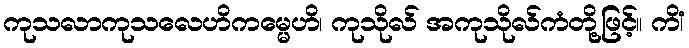
ကုသလာကုသလေဟိကမ္မေဟိ၊ ကုသိုလ် အကုသိုလ်ကံတို့ဖြင့်။ ကိံ၊